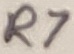
Text: R7